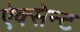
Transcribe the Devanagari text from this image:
ऐक्सेन्ट